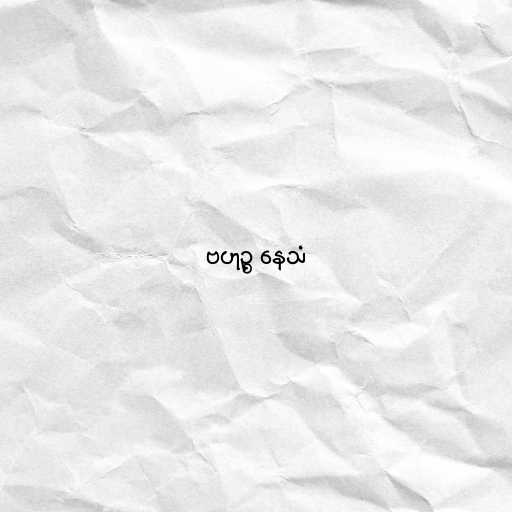
ဗဟုဉ္စ နေသံ